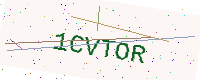
Text: 1CVTOR